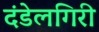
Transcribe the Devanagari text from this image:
दंडेलगिरी